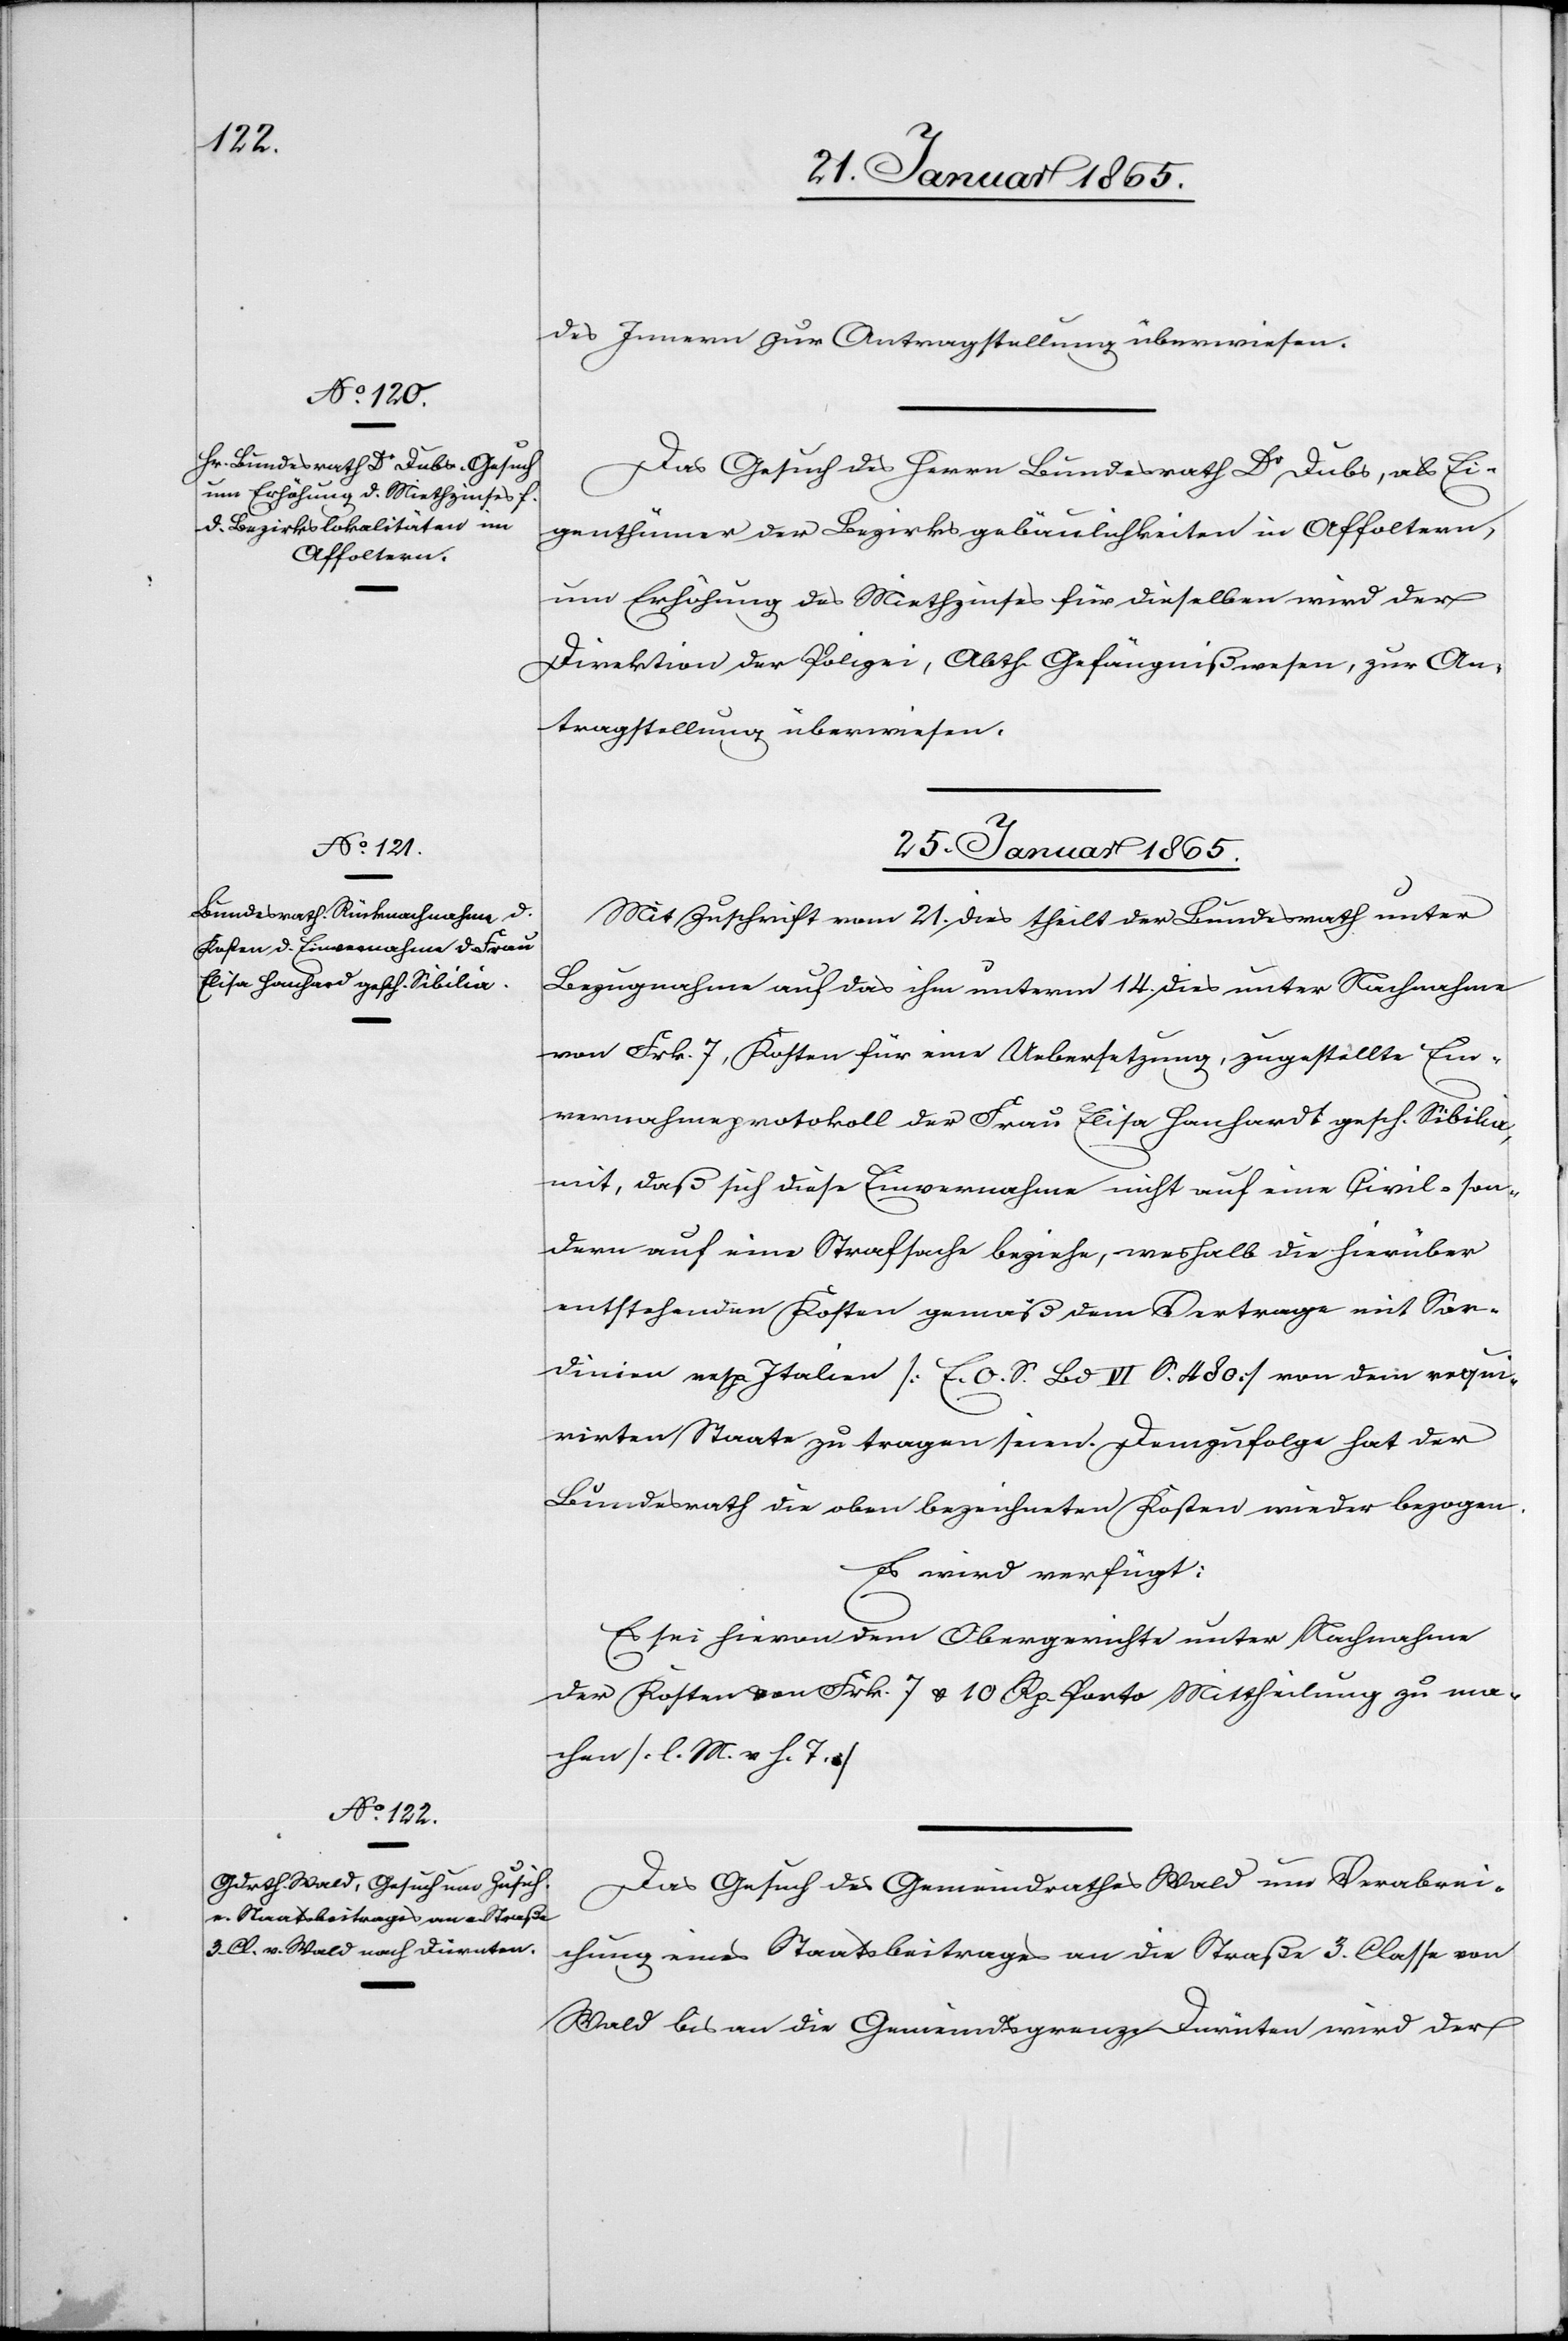
24. Januar 1865.]
des Innern zur Antragstellung überwiesen.
Das Gesuch des Herrn Bundesrath Dr Dubs, als Ei¬
genthümer der Bezirksgebäulichkeiten in Affoltern,
um Erhöhung des Miethzinses für dieselben wird der
Direktion der Polizei, Abth. Gefängnißwesen, zur An¬
tragstellung überwiesen.
25. Januar 1865.]
Mit Zuschrift vom 21. dies theilt der Bundesrath unter
Bezugnahme auf das ihm unterm 14. dies unter Nachnahme
von Frk. 7, Kosten für eine Ubersetzung, zugestellte Ein¬
vernahmsprotokoll der Frau Elisa Hanhardt [sic!] gesch. Sibilia,
mit, daß sich diese Einvernahme nicht auf eine Civil- son¬
dern auf eine Strafsache beziehe, weshalb die hierüber
entstehenden Kosten gemäß derm Vertrage mit Sar¬
dinien resp. Italien [E. O. S. Bd VI S. 480] von dem requi¬
rirten Staate zu tragen seien. Demzufolge hat der
Bundesrath die oben bezeichneten Kosten wieder bezogen.
Es wird verfügt:
Es sei hievon dem Obergerichte unter Nachnahme
der Kosten von Frk. 7 u. 10 Rp. Porto Mittheilung zu ma¬
chen [l. M. v. h. T.]
Das Gesuch des Gemeindrathes Wald um Verabrei¬
chung eines Staatsbeitrages an die Straße 3. Classe von
Wald bis an die Gemeindsgrenze Dürnten wird der